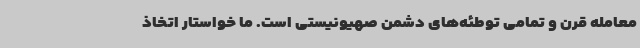
معامله قرن و تمامی توطئه‌های دشمن صهیونیستی است. ما خواستار اتخاذ